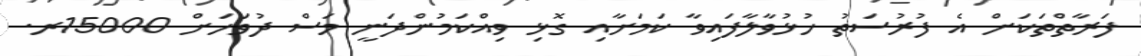
ފަރާތްތަކަށް އެ ފުރުސަތު ހުޅުވާލާފައިވާ ކަމަށާއި ގޮޅި ވިއްކަމުންދަނީ މަސް ދުވަހަށް 15000ރ.